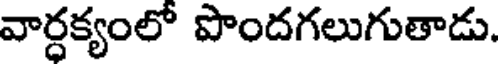
వార్ధక్యంలో పొందగలుగుతాడు.